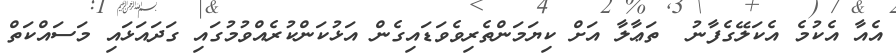
އެއާ އެކުމެ އެކަލޭގެފާނު  ތަޢާލާ އަށް ކިޔަމަންތެރިވެވަޑައިގެން އަޅުކަންކުރެއްވުމުގައި ގަދައަޅައި މަސައްކަތް